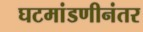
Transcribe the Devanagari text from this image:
घटमांडणीनंतर